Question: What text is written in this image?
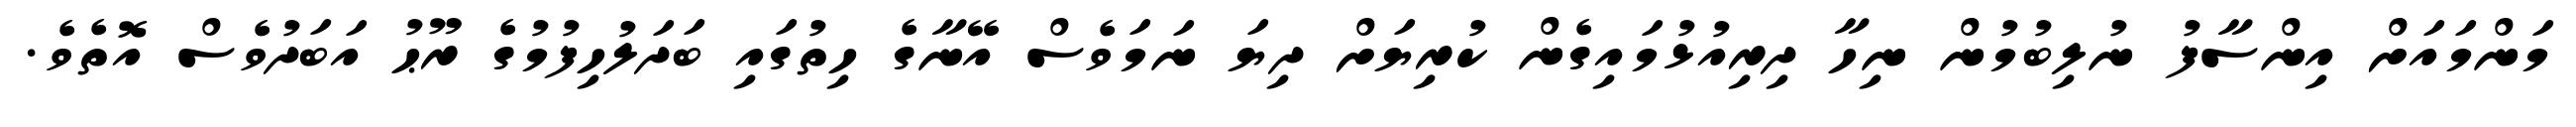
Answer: މަންމައަށް އިންސާފު ނުލިބުމުން ނިހާ ދިރިއުޅުމައިގެން ކުރިޔަށް ދިޔަ ނަމަވެސް އޭނާގެ ހިތުގައި ބަދަލުހިފުމުގެ ރޫޙު އަބަދުވެސް އޮތެވެ.